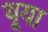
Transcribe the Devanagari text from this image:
थूया